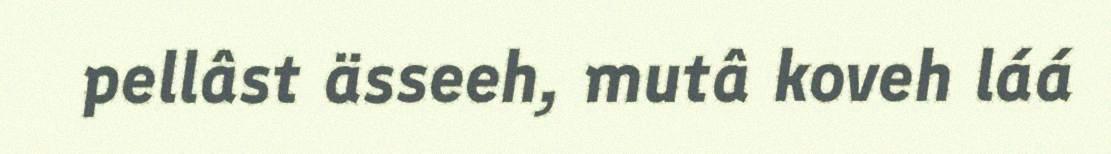
pellâst ässeeh, mutâ koveh láá